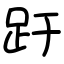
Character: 趶